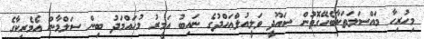
މިހުރިހާ މައްސަލަތަކާބެހޭގޮތުން ސައޫދީ ވަލީއުލްޢަހްދުގެ ނައިބު އަމީރު މުހައްމަދު ބިން ސަލްމާން އެމެރިކާގެ